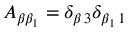
A _ { \beta \beta _ { 1 } } = \delta _ { \beta \, 3 } \delta _ { \beta _ { 1 } \, 1 }